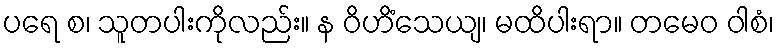
ပရေ စ၊ သူတပါးကိုလည်း။ န ဝိဟိံသေယျ၊ မထိပါးရာ။ တမေဝ ဝါစံ၊